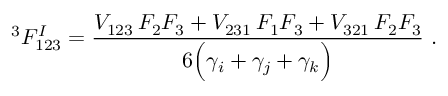
^ 3 F _ { 1 2 3 } ^ { I } = \frac { V _ { 1 2 3 } \, F _ { 2 } F _ { 3 } + V _ { 2 3 1 } \, F _ { 1 } F _ { 3 } + V _ { 3 2 1 } \, F _ { 2 } F _ { 3 } } { 6 \Big ( \gamma _ { i } + \gamma _ { j } + \gamma _ { k } \Big ) } \ .